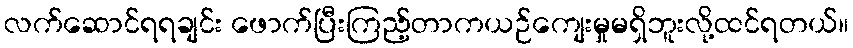
လက်ဆောင်ရရချင်း ဖောက်ပြီးကြည့်တာကယဉ်ကျေးမှုမရှိဘူးလို့ထင်ရတယ်။